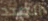
الصدد